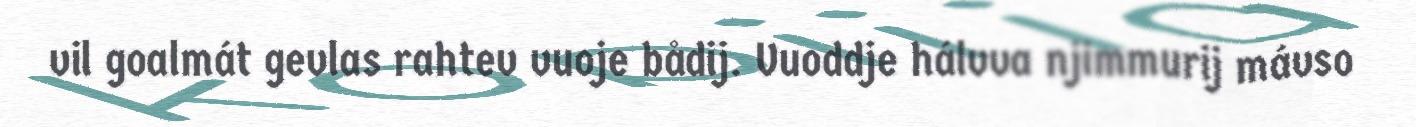
vil goalmát gevlas rahtev vuoje bådij. Vuoddje hálvva njimmurij mávso